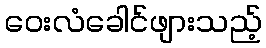
ဝေးလံခေါင်ဖျားသည့်